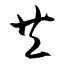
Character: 共